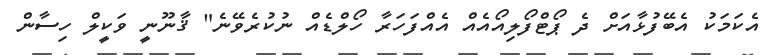
އެކަމަކު އެބޭފުޅާއަށް ދެ ޕޯޓްފޯލިއޯއެއް އެއްފަހަރާ ހޯލްޑެއް ނުކުރެވޭނެ" ޤާނޫނީ ވަކީލް ހިސާން